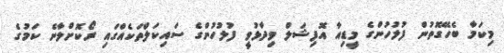
މިކަމާ ބެހޭގޮތުން ފުލުހުންގެ މީޑިއާ އޮފިޝަލް ވިދާޅުވީ ފުލުހުންގެ ސައިކަލްތަކެއްގައި ރޯކޮށްލާނެ ކަމުގެ